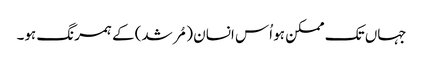
جہاں تک ممکن ہو اُس انسان (مُرشد) کے ہمرنگ ہو۔